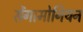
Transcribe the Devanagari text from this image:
सेंगामोनियन